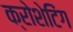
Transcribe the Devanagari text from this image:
क्रोशेटिंग